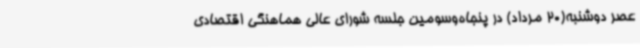
عصر دوشنبه(20 مرداد) در پنجاه‌وسومین جلسه شورای عالی هماهنگی اقتصادی